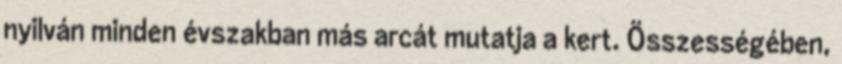
nyilván minden évszakban más arcát mutatja a kert. Összességében,